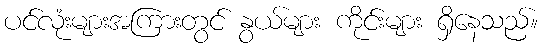
ပင်လုံးများအကြားတွင် နွယ်များ ကိုင်းများ ရှိနေသည်။